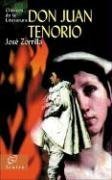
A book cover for Don Juan Tenorio (Clasicos de la literatura series); Jose Zorrilla; Literature & Fiction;